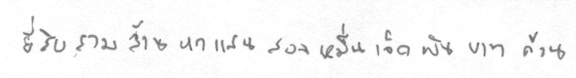
ยี่สิบสามล้านหกแสนสองหมื่นเจ็ดพันบาทถ้วน